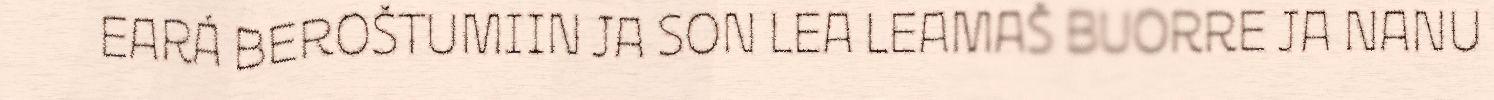
EARÁ BEROŠTUMIIN JA SON LEA LEAMAŠ BUORRE JA NANU